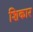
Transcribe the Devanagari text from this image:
शिकार